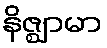
နိဇ္ဈာမာ